Vaccination North-Western Provinces and Oudh 1896-1901 - 1896-1901
Year: 1896
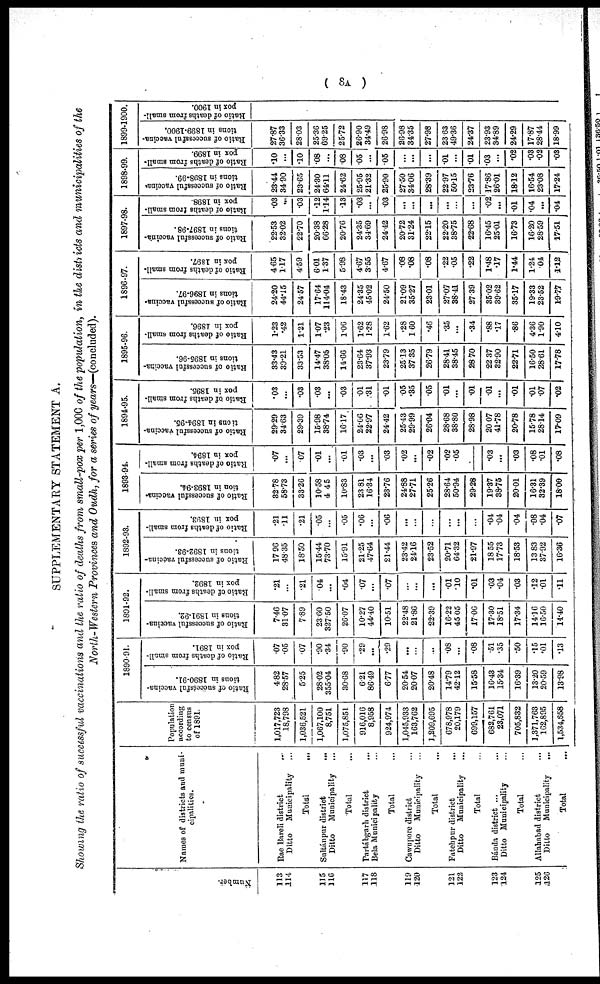
( 8A )
SUPPLEMENTARY STATEMENT A.
Showing the ratio of successful vaccinations and the ratio of deaths from small-pox per 1,000 of the population, in the districts and municipalities of the
North-Western Provinces and Oudh, for a series of years—(concluded).
Number.
113
114
115
116
117
118
119
120
121
122
123
124
125
126
Names of districts and muni-
cipalities.
Rae Bareli district ...
Ditto
Municipality ...
Total
...
Sultánpur district ...
Ditto
Municipality ...
Total ...
Partábgarh district ...
Bela Municipality ...
Total ...
Cawnpore district ...
Ditto
Municipality ...
Total ...
Fatehpur district ...
Ditto Municipality ...
Total ...
Bánda district ... ...
Ditto Municipality ...
Total ...
Allahabad district ...
Ditto
Municipality
...
Total ...
Population
according
to census
of 1891.
1,017,723
18,798
1,036,521
1,067,100
8,751
1,075,851
916,016
8,958
924,974
1,045,933
163,762
1,209,695
678,978
20,179
699,157
682,761
23,071
705,832
1,371,763
162,895
1,534,658
1890-91.
Ratio of successful vaccina-
tions in 1890-91.
4.82
28.57
5.25
28.02
355.04
30.68
6.21
86.49
6.77
20.54
20.07
20.48
14.79
42.12
15.58
16.43
15.34
16.39
13.20
20.59
13.98
Ratio of deaths from small-
pox in 1891.
.07
.05
.07
.90
.34
.90
.29
...
.29
...
...
...
.08
...
.08
.51
.35
.50
.15
.01
.13
1891-92.
Ratio of successful vaccina-
tions in 1891-92.
7.46
31.07
7.89
23.60
327.50
26.07
10.27
44.40
10.51
22.48
21.86
22.39
16.22
45.05
17.06
17.30
18.51
17.34
14.16
16.50
14.40
Ratio of deaths from small-
pox in 1892.
.21
...
.21
.04
...
.04
.07
...
.07
...
...
...
.01
.10
.01
.03
.04
.03
.12
.01
.11
1892-93.
Ratio of successful vaccina-
tions in 1892-93.
17.96
48.35
18.50
15.44
73.70
15.91
21.25
47.64
21.44
23.42
24.16
23.52
20.71
64.32
21.97
18.55
17.73
18.53
13.83
37.92
16.36
Ratio of deaths from small-
pox in 1893.
.21
.11
.21
.05
...
.05
.06
...
.06
...
...
...
...
...
...
.04
.04
.04
.08
.04
.07
1893-94.
Ratio of successful vaccina-
tion in 1893-94.
32.78
58.73
33.26
10.58
4.45
10.83
23.81
16.34
23.76
24.88
27.71
25.26
28.64
50.94
29.28
19.37
88.75
20.01
16.31
32.39
18.00
Ratio of deaths from small-
pox in 1894.
.07
...
.07
.01
...
.01
.03
...
.03
.02
...
.02
.02
.05
...
.03
...
.03
.08
.01
.08
1894-95.
Ratio of successful vaccina-
tions in 1894-95.
29.29
34.63
29.39
15.98
38.74
16.17
24.06
22.97
24.42
25.43
29.99
26.04
28.68
38.80
28.98
20.07
41.78
20.78
15.78
28.14
17.09
Ratio of deaths from small-
pox in 1895.
.03
...
.03
.03
...
.03
.01
.31
.01
.05
.35
.05
.01
...
.01
.01
...
.01
.01
.07
.02
1895-96.
Ratio of successful vaccina-
tions in 1895-96.
33.43
39.21
33.53
14.47
38.05
14.66
23.64
37.93
23.79
25.13
37.35
26.79
28.41
38.45
28.70
22.37
32.90
22.71
16.50
28.61
17.78
Ratio of deaths from small-
pox in 1896.
1.23
.42
1.21
1.07
.23
1.06
1.62
1.38
1.62
.28
1.60
.46
.35
...
.34
.88
.17
.86
4.36
1.90
4.10
1896-97.
Ratio of successful vaccina-
tions in 1896-97.
24.20
44.15
24.57
17.64
114.04
18.43
24.35
45.02
24.50
21.09
35.27
23.01
27.07
38.41
27.39
35.02
39.62
35.17
19.33
23.52
19.77
Ratio of deaths from small-
pox in 1897.
4.65
1.17
4.59
6.01
1.37
5.98
4.67
3.55
4.67
.08
.08
.08
.22
.05
.22
1.48
.17
1.44
1.24
.04
1.12
1897-98.
Ratio of successful vaccina-
tions in 1897-98.
22.53
32.02
22.70
20.38
66.28
20.76
24.35
34.69
24.42
20.72
31.24
22.15
22.20
38.75
22.68
16.45
25.01
16.73
16.20
28.59
17.51
Ratio of deaths from small-
pox in 1898.
.03
...
.03
.12
1.14
.13
.03
...
.03
...
...
...
...
...
...
.02
...
.01
.04
...
.04
1898-99.
Ratio of successful Vaccina-
tions in 1898-99.
23.44
34.90
23.65
24.30
64.11
24.62
25.95
21.32
25.90
27.50
34.06
28.39
22.97
50.15
23.76
17.86
26.01
18.12
16.54
23.08
17.24
Ratio of deaths from small-
pox in 1899.
.10
...
.10
.08
...
.08
.05
...
.05
...
...
...
.01
...
.01
.03
...
.02
.03
.02
.03
1899-1900.
Ratio of successful vaccina-
tions in 1899-1900.
27.87
36.33
28.03
25.36
69.25
25.72
26.90
34.49
26.98
26.98
34.35
27.98
23.63
49.36
24.37
23.93
34.89
24.29
17.87
28.44
18.99
Ratio of deaths from small-
pox in 1900.